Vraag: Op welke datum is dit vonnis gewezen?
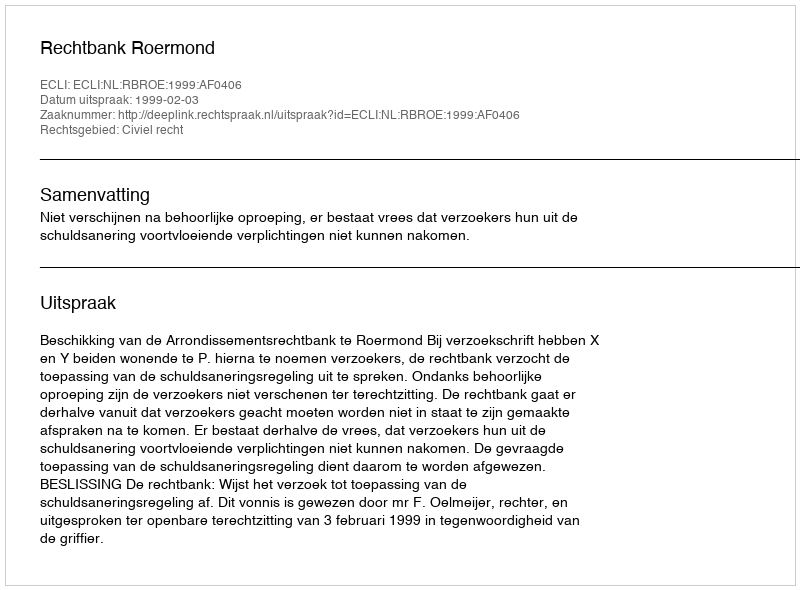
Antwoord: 1999-02-03